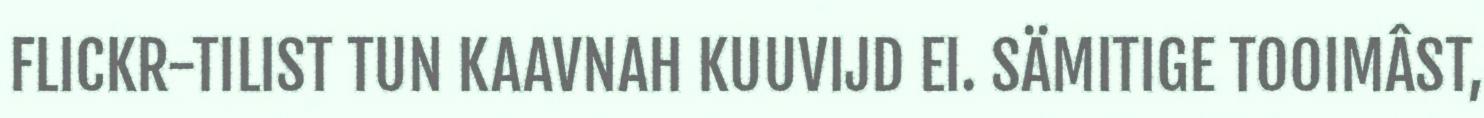
FLICKR-TILIST TUN KAAVNAH KUUVIJD EI. SÄMITIGE TOOIMÂST,